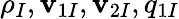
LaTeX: \rho_{I},\mathbf{v}_{1I},\mathbf{v}_{2I},q_{1I}